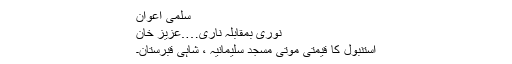
سلمیٰ اعوان
نوری بمقابلہ ناری….عزیز خان
استنبول کا قیمتی موتی مسجد سلیمانیہ ، شاہی قبرستان۔